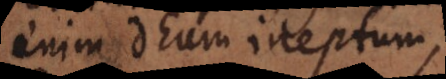
enim Deum ineptum,